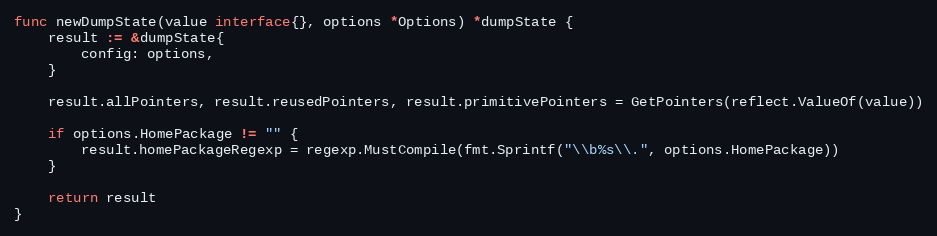
Language: Go
func newDumpState(value interface{}, options *Options) *dumpState {
	result := &dumpState{
		config: options,
	}

	result.allPointers, result.reusedPointers, result.primitivePointers = GetPointers(reflect.ValueOf(value))

	if options.HomePackage != "" {
		result.homePackageRegexp = regexp.MustCompile(fmt.Sprintf("\\b%s\\.", options.HomePackage))
	}

	return result
}